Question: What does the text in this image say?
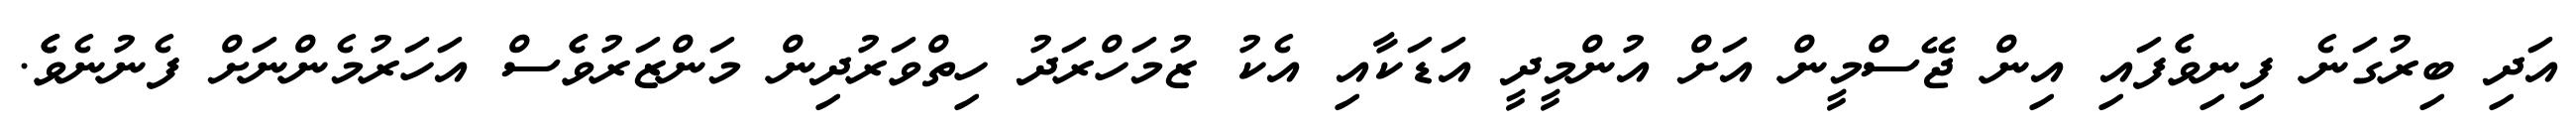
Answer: އަދި ބިރުގަނެ ފިނިވެެފައި އިން ޖޭސްމީން އަށް އުންމީދީ އަޑަކާއި އެކު ޒުމަހްރަދު ހިތްވަރުދިން މަންޒަރުވެެސް އަހަރުމެންނަށް ފެނުނެވެެ.